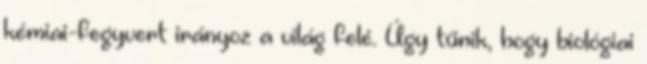
kémiai-fegyvert irányoz a világ felé. Úgy tűnik, hogy biológiai